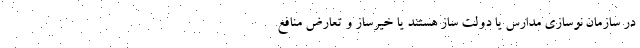
در سازمان نوسازی مدارس یا دولت ساز هستند یا خیّرساز و تعارض منافع